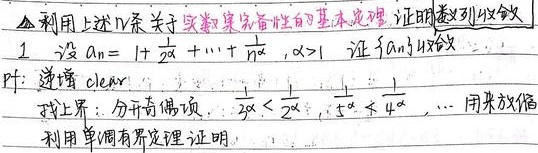
利用上述11条关于实数集完备性的基本定理，证明数列收敛。

设\(a_n = 1 + \frac{1}{2^{\alpha}} + \cdots + \frac{1}{n^{\alpha}}\)，\(\alpha>1\)，证\(\{a_n\}\)收敛。

Pf: 递增 clear! 找上界：分开奇偶项，\(\frac{1}{2^{\alpha}} < \frac{1}{2^{\alpha - 1}}\)，\(\frac{1}{4^{\alpha}} < \frac{1}{4^{\alpha - 1}}\)，\(\cdots\) 用来放缩。利用单调有界定理证明。